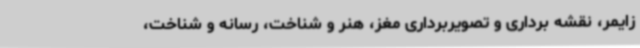
زایمر، نقشه برداری و تصویربرداری مغز، هنر و شناخت، رسانه و شناخت،